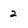
Character: 2